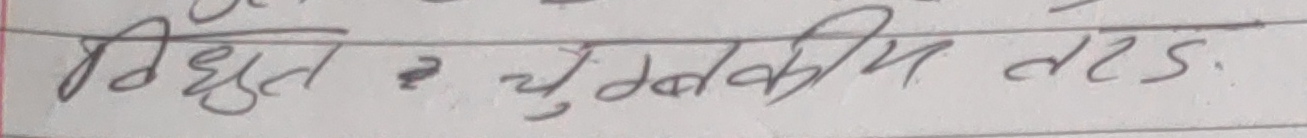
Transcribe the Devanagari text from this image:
विद्युत २ चुम्बकीय लटड.